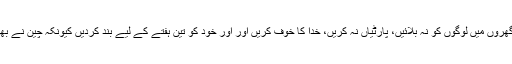
شعیب اختر نے لوگوں کو درخواست کی کہ اپنے گھروں میں لوگوں کو نہ بلائیں، پارٹیاں نہ کریں، خدا کا خوف کریں اور اور خود کو تین ہفتے کے لیے بند کردیں کیونکہ چین نے بھی لاک ڈاؤ کے ذریعے اس وائرس کو شکست دی۔